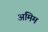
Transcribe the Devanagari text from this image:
अंमिम